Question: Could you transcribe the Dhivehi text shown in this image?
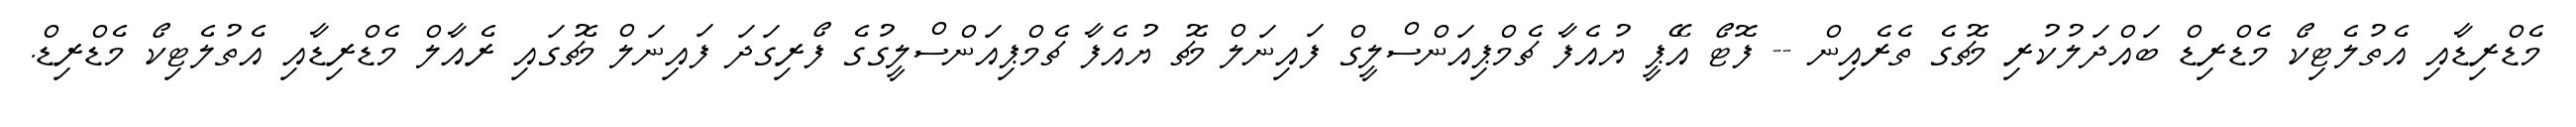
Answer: މެޑްރިޑާއި އެތުލެޓިކޯ މެޑްރިޑް ބައްދަލުކުރި މެޗުގެ ތެރެއިން -- ފޮޓޯ އޭޕީ ޔުއެފާ ޗެމްޕިއަންސްލީގް ފައިނަލް މެޗު ޔުއެފާ ޗެމްޕިއަންސްލީގުގެ ފޯރިގަދަ ފައިނަލް މެޗުގައި ރެއާލް މެޑްރިޑާއި އެތުލެޓިކޯ މެޑްރިޑް.